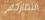
انتظاركم